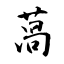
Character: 萵